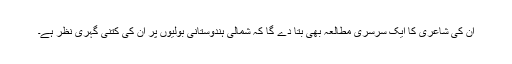
ان کی شاعری کا ایک سرسری مطالعہ بھی بتا دے گا کہ شمالی ہندوستانی بولیوں پر ان کی کتنی گہری نظر ہے۔